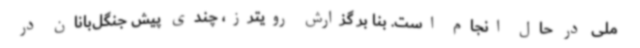
ملی در حال انجام است. بنا بر گزارش رویترز، چندی پیش جنگل‌بانان در